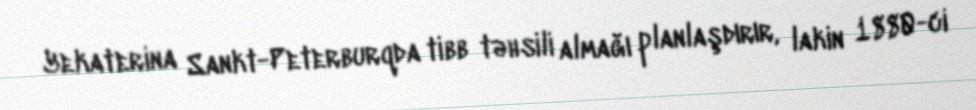
Yekaterina Sankt-Peterburqda tibb təhsili almağı planlaşdırır, lakin 1880-ci